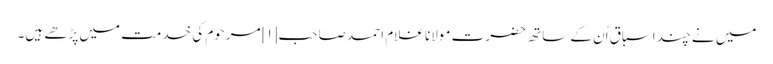
میں نے چند اسباق اُن کے ساتھ حضرت مولانا غلام احمد صاحب[۱] مرحوم کی خدمت میں پڑھے ہیں۔